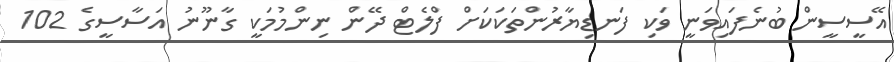
އޭސީސީން ބުނެފައިވަނީ ވަކި ފަނޑިޔާރުންތަކަކަށް ފްލެޓް ދޭން ނިންމުމަކީ ގާނޫނު އަސާސީގެ 102